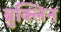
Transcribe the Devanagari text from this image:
ब्रुक्लिन